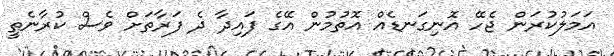
އަމަލުކުރަން ޖެހޭ އޮނިގަނޑެއް އޮތުމުން އޭގެ ފައިދާ ދެ ފަރާތަށް ވެސް ކުރާނެތީ